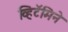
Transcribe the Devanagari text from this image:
व्हिटॅमिने